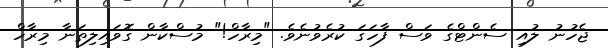
ޖެހުނު ލުއި ސެންޓްގެ ވަސް ފާހަގަ ކުރެވުނެވެ. "މިރާހް!" މުސްކާން ގޮވައިލިތަނާ މިރާހް